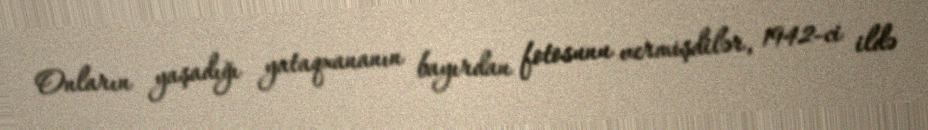
Onların yaşadığı yataqxananın bayırdan fotosunu vermişdilər, 1942-ci ildə